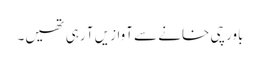
باورچی خانے سے آوازیں آ رہی تھیں۔